Lunatic asylums Central Provinces reports 1895-1909 - 1895-1909
Year: 1895
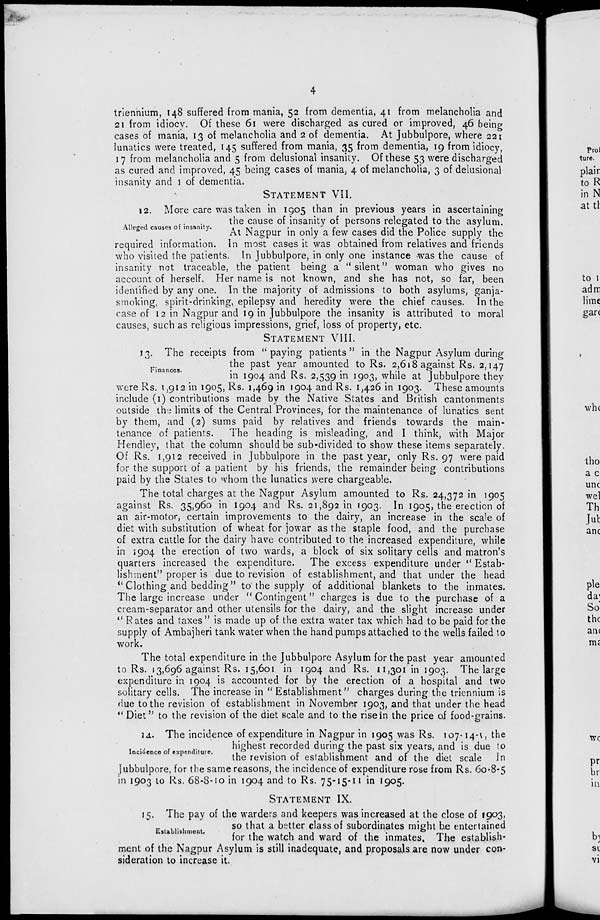
4
triennium, 148 suffered from mania, 52 from dementia, 41 from melancholia and
21 from idiocv. Of these 61 were discharged as cured or improved, 46 being
cases of mania, 13 of melancholia and 2 of dementia. At Jubbulpore, where 221
lunatics were treated, 145 suffered from mania, 35 from dementia, 19 from idiocy,
17 from melancholia and 5 from delusional insanity. Of these 53 were discharged
as cured and improved, 45 being cases of mania, 4 of melancholia, 3 of delusional
insanity and 1 of dementia.
STATEMENT VII.
Alleged causes of insanity.
12. More care was taken in 1905 than in previous years in ascertaining
the cause of insanity of persons relegated to the asylum.
At Nagpur in only a few cases did the Police supply the
required information. In most cases it was obtained from relatives and friends
who visited the patients. In Jubbulpore, in only one instance was the cause of
insanity not traceable, the patient being a " silent" woman who gives no
account of herself. Her name is not known, and she has not, so far, been
identified by any one. In the majority of admissions to both asylums, ganja-
smoking, spirit-drinking, epilepsy and heredity were the chief causes. In the
case of 12 in Nagpur and 19 in Jubbulpore the insanity is attributed to moral
causes, such as religious impressions, grief, loss of property, etc.
STATEMENT VIII.
Finances.
13. The receipts from "paying patients" in the Nagpur Asylum during
the past year amounted to Rs. 2,618 against Rs. 2,147
in 1904 and Rs. 2,539 in 1903, while at Jubbulpore they
were Rs. 1,912 in 1905, Rs. 1,469 in 1904 and Rs. 1,426 in 1903. These amounts
include (1) contributions made by the Native States and British cantonments
outside the limits of the Central Provinces, for the maintenance of lunatics sent
by them, and (2) sums paid by relatives and friends towards the main-
tenance of patients.
The heading is misleading, and I think, with Major
Hendley, that the column should be sub-divided to show these items separately.
Of Rs. 1,912 received in Jubbulpore in the past year, only Rs. 97 were paid
for the support of a patient by his friends, the remainder being contributions
paid by the States to whom the lunatics were chargeable.
The total charges at the Nagpur Asylum amounted to Rs. 24,372 in 1905
against Rs. 35,960 in 1904 and Rs. 21,892 in 1903. In 1905, the erection of
an air-motor, certain improvements to the dairy, an increase in the scale of
diet with substitution of wheat for jowar as the staple food, and the purchase
of extra cattle for the dairy have contributed to the increased expenditure, while
in 1904 the erection of two wards, a block of six solitary cells and matron's
quarters increased the expenditure.
The excess expenditure under "Estab-
lishment" proper is due to revision of establishment, and that under the head
"Clothing and bedding" to the supply of additional blankets to the inmates.
The large increase under " Contingent" charges is due to the purchase of a
cream-separator and other utensils for the dairy, and the slight increase under
" Rates and taxes " is made up of the extra water tax which had to be paid for the
supply of Ambajheri tank water when the hand pumps attached to the wells failed to
work.
The total expenditure in the Jubbulpore Asylum for the past year amounted
to Rs. 13,696 against Rs. 15,601 in 1904 and Rs. 11,301 in 1903. The large
expenditure in 1904 is accounted for by the erection of a hospital and two
solitary cells. The increase in " Establishment" charges during the triennium is
due to the revision of establishment in November 1903, and that under the head
" Diet" to the revision of the diet scale and to the rise in the price of food-grains.
Incidence of expenditure.
14. The incidence of expenditure in Nagpur in 1905 was Rs. 107-14-1, the
highest recorded during the past six years, and is due to
the revision of establishment and of the diet scale In
Jubbulpore, for the same reasons, the incidence of expenditure rose from Rs. 60.8-5
in 1903 to Rs. 68-8-10 in 1904 and to Rs. 75-15-11 in 1905.
STATEMENT IX.
Establishment.
15. The pay of the warders and keepers was increased at the close of 1903,
so that a better class of subordinates might be entertained
for the watch and ward of the inmates. The establish-
ment of the Nagpur Asylum is still inadequate, and proposals are now under con-
sideration to increase it.